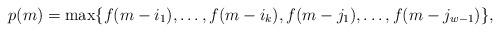
LaTeX: \begin{align*}p(m)=\max\{f(m-i_1),\ldots,f(m-i_k),f(m-j_1),\ldots,f(m-j_{w-1})\},\end{align*}